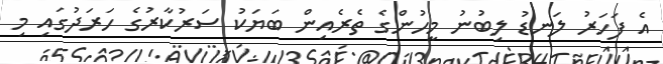
އެ ފަހަރު ލަނޑު ލިބުނު މީހުންގެ ތެރެއިން ބަޔަކު ސަރުކާރުގެ ހަރަދުގައި މި